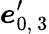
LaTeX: \boldsymbol{e}_{0,\ 3}^{\prime}